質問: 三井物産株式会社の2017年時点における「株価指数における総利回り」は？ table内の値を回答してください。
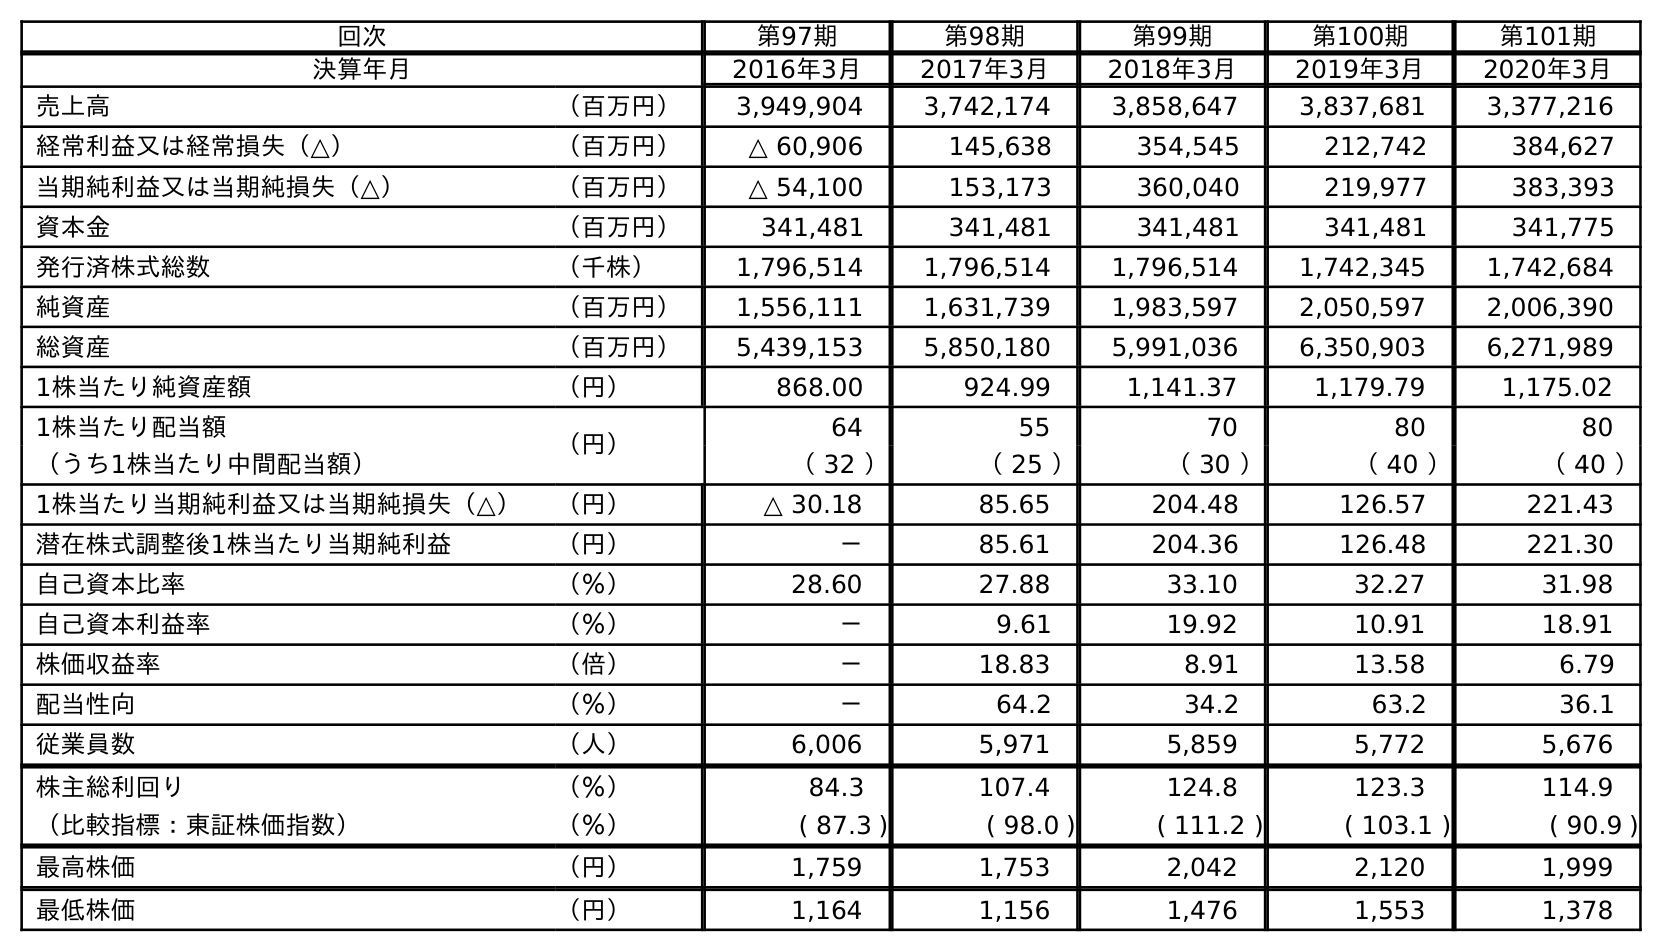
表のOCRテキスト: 回次 第97期 第98期 第99期 第100期 第101期 決算年月 2016年3月 2017年3月 2018年3月 2019年3月 2020年3月 売上高 （百万円） 3,949,904 3,742,174 3,858,647 3,837,681 3,377,216 経常利益又は経常損失（△） （百万円） △ 60,906 145,638 354,545 212,742 384,627 当期純利益又は当期純損失（△） （百万円） △ 54,100 153,173 360,040 219,977 383,393 資本金 （百万円） 341,481 341,481 341,481 341,481 341,775 発行済株式総数 （千株） 1,796,514 1,796,514 1,796,514 1,742,345 1,742,684 純資産 （百万円） 1,556,111 1,631,739 1,983,597 2,050,597 2,006,390 総資産 （百万円） 5,439,153 5,850,180 5,991,036 6,350,903 6,271,989 1株当たり純資産額 （円） 868.00 924.99 1,141.37 1,179.79 1,175.02 1株当たり配当額 （円） 64 55 70 80 80 （うち1株当たり中間配当額） （ 32 ） （ 25 ） （ 30 ） （ 40 ） （ 40 ） 1株当たり当期純利益又は当期純損失（△） （円） △ 30.18 85.65 204.48 126.57 221.43 潜在株式調整後1株当たり当期純利益 （円） － 85.61 204.36 126.48 221.30 自己資本比率 （％） 28.60 27.88 33.10 32.27 31.98 自己資本利益率 （％） － 9.61 19.92 10.91 18.91 株価収益率 （倍） － 18.83 8.91 13.58 6.79 配当性向 （％） － 64.2 34.2 63.2 36.1 従業員数 （人） 6,006 5,971 5,859 5,772 5,676 株主総利回り （％） 84.3 107.4 124.8 123.3 114.9 （比較指標：東証株価指数） （％） ( 87.3 ) ( 98.0 ) ( 111.2 ) ( 103.1 ) ( 90.9 ) 最高株価 （円） 1,759 1,753 2,042 2,120 1,999 最低株価 （円） 1,164 1,156 1,476 1,553 1,378
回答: (98.0)